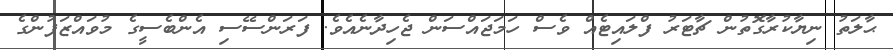
ޙާލަތު ނިޔާކުރާގޮތުން ޗާޓަރު ފްލައިޓެއް ވެސް ހަމަޖައްސަން ޖެހިދާނެއެވެ. ފަރަންސޭސި އެންބެސީގެ މުވައްޒަފުންގެ